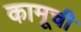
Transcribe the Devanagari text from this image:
कामूची